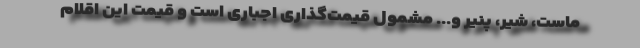
ماست، شیر، پنیر و... مشمول قیمت‌گذاری اجباری است و قیمت این اقلام